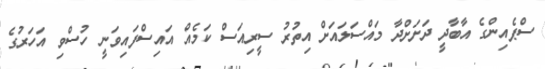
ސްޕެއިންގެ އާބާދީ ދަށަށްދާ މައްސަލައަށް އިތުރު ސީރިއަސް ކަމެއް އައިސްފައިވަނީ ހުސްވި އަހަރުގެ